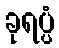
ခုရပ္ပံ